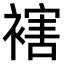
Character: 𧜅